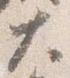
大